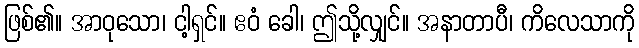
ဖြစ်၏။ အာဝုသော၊ ငါ့ရှင်။ ဧဝံ ခေါ၊ ဤသို့လျှင်။ အနာတာပီ၊ ကိလေသာကို